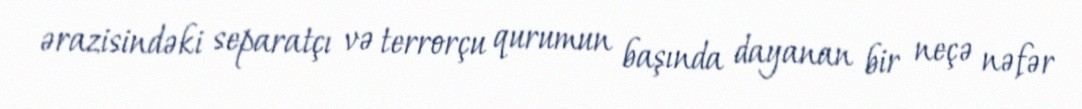
ərazisindəki separatçı və terrorçu qurumun başında dayanan bir neçə nəfər